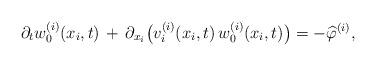
LaTeX: \begin{align*} \partial_t{w}^{(i)}_0(x_i,t) \, + \, \partial_{x_i}\big( v_i^{(i)}(x_i,t)\, w^{(i)}_0(x_i,t) \big) = - \widehat{\varphi}^{(i)}, \end{align*}